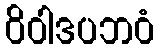
ဝိဝါဒပဘဝံ